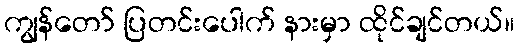
ကျွန်တော် ပြတင်းပေါက် နားမှာ ထိုင်ချင်တယ်။